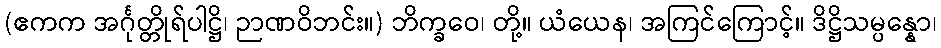
(ဧကက အင်္ဂုတ္တိုရ်ပါဋ္ဌိ၊ ဉာဏဝိဘင်း။) ဘိက္ခဝေ၊ တို့။ ယံယေန၊ အကြင်ကြောင့်။ ဒိဋ္ဌိသမ္ပန္နော၊